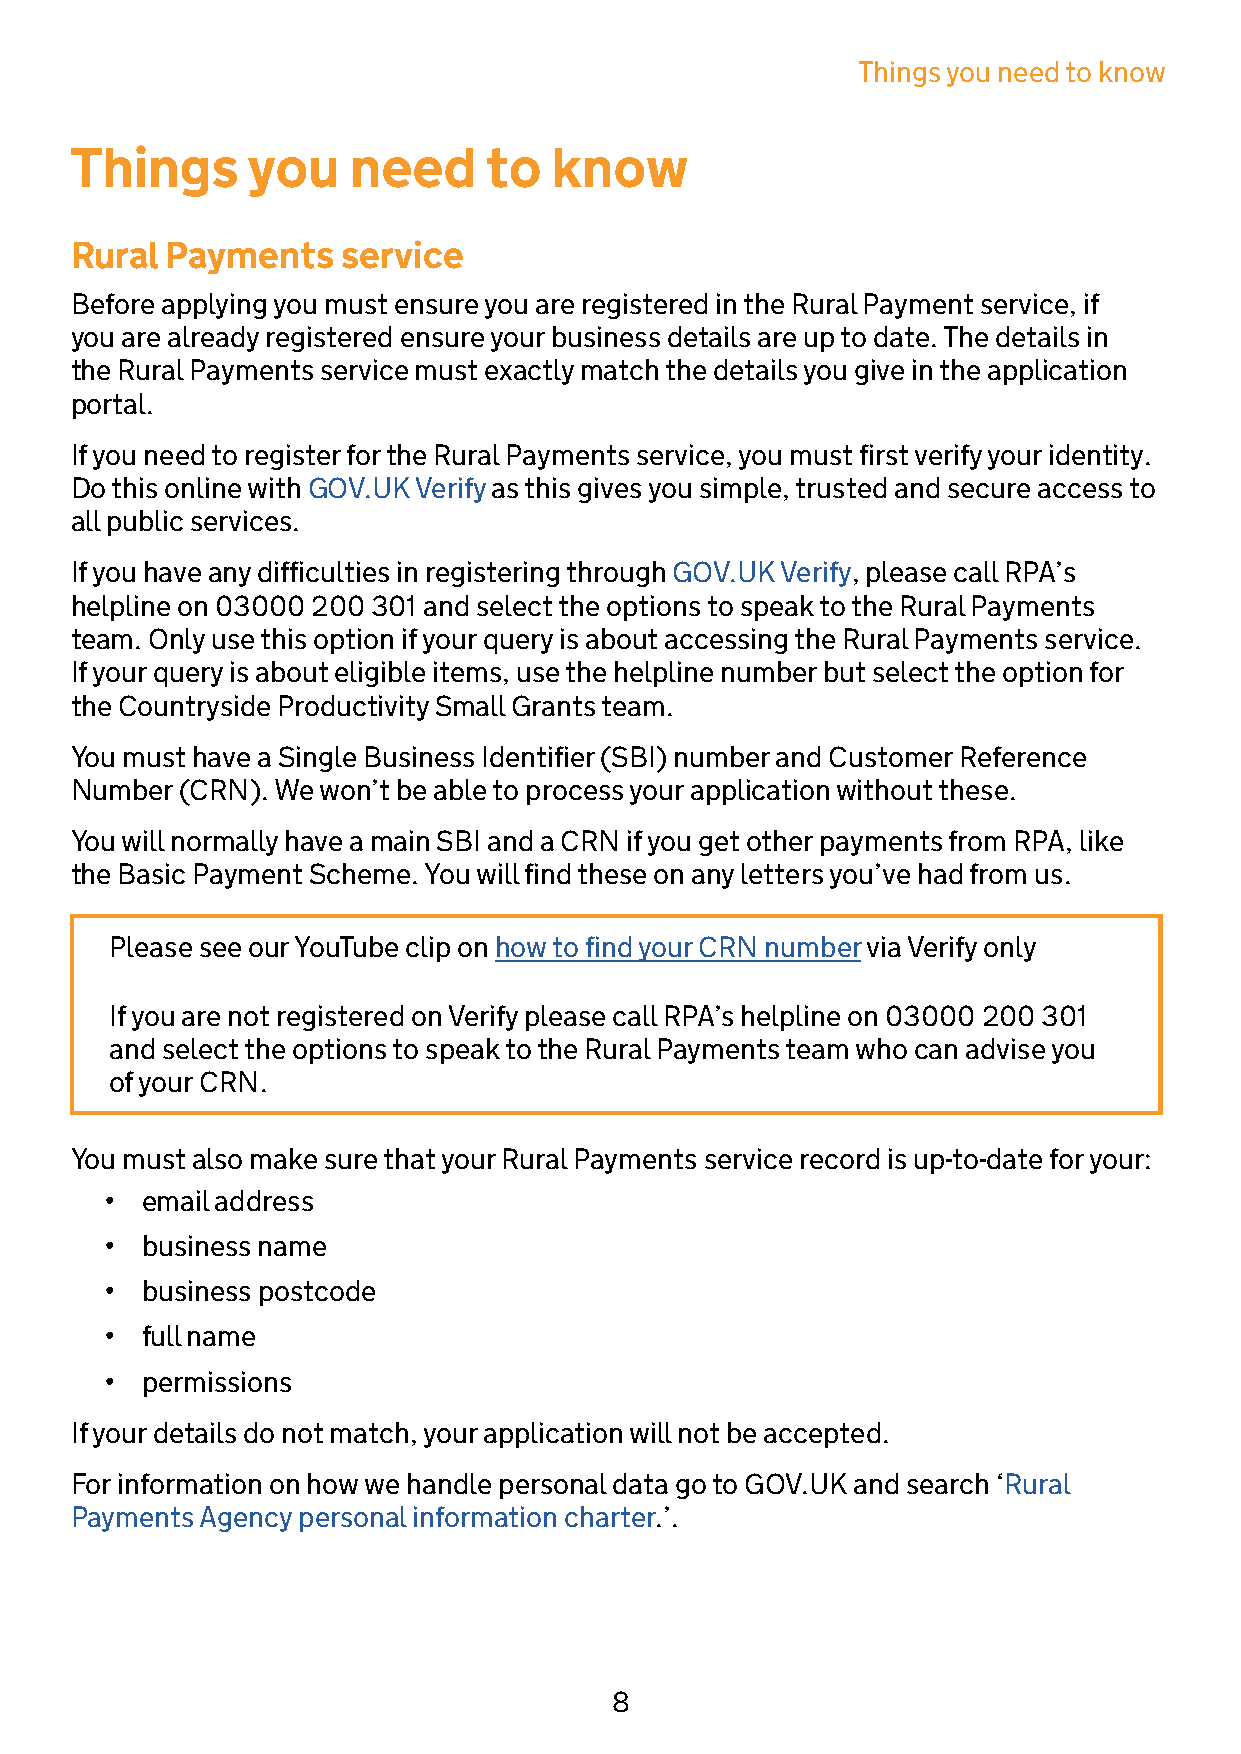
Things you need to know
 Things     you    need     to  know
 Rural Payments    service
 Before applying you must ensure you are registered in the Rural Payment service, if
 you are already registered ensure your business details are up to date. The details in
 the Rural Payments service must exactly match the details you give in the application
 portal.
 If you need to register for the Rural Payments service, you must first verify your identity.
 Do this online with GOV.UK Verify as this gives you simple, trusted and secure access to
 all public services.
 If you have any difficulties in registering through GOV.UK Verify, please call RPA’s
 helpline on 03000 200 301 and select the options to speak to the Rural Payments
 team. Only use this option if your query is about accessing the Rural Payments service.
 If your query is about eligible items, use the helpline number but select the option for
 the Countryside Productivity Small Grants team.
 You must have a Single Business Identifier (SBI) number and Customer Reference
 Number (CRN). We won’t be able to process your application without these.
 You will normally have a main SBI and a CRN if you get other payments from RPA, like
 the Basic Payment Scheme. You will find these on any letters you’ve had from us.
 Please see our YouTube clip on how to find your CRN number via Verify only
 If you are not registered on Verify please call RPA’s helpline on 03000 200 301
 and select the options to speak to the Rural Payments team who can advise you
 of your CRN.
 You must also make sure that your Rural Payments service record is up-to-date for your:
 • email address
 • business name
 • business postcode
 • full name
 • permissions
 If your details do not match, your application will not be accepted.
 For information on how we handle personal data go to GOV.UK and search ‘Rural
 Payments Agency personal information charter.’.
 8